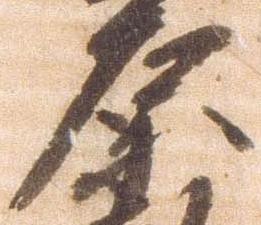
原